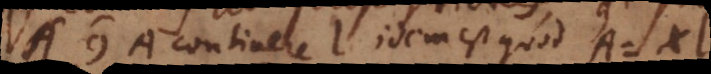
9. A continere l idem est quod A =